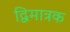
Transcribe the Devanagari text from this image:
द्विमात्रक